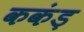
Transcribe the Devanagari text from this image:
ककंड़